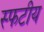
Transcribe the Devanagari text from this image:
स्फटीय